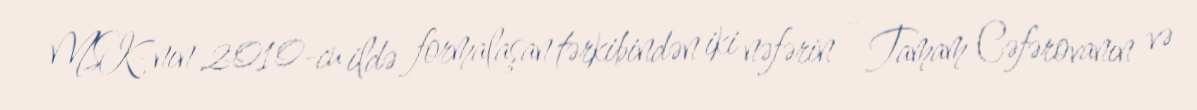
MSK-nın 2010-cu ildə formalaşan tərkibindən iki nəfərin - Tamam Cəfərovanın və